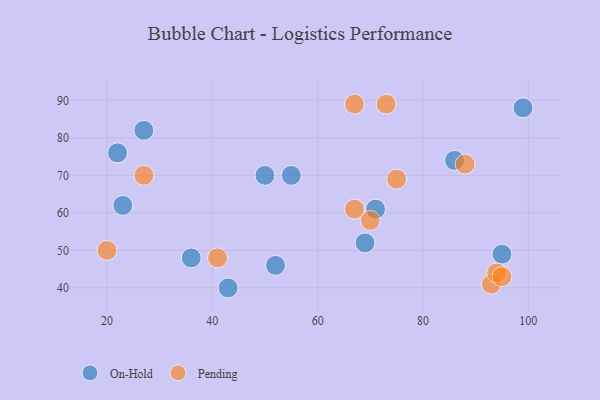
{"axis": {"x": "GDP", "y": "Life Expectancy"}, "legend": ["On-Hold", "Pending"], "data": [{"x": "22", "y": 76, "type": "On-Hold"}, {"x": "52", "y": 46, "type": "On-Hold"}, {"x": "95", "y": 49, "type": "On-Hold"}, {"x": "71", "y": 61, "type": "On-Hold"}, {"x": "69", "y": 52, "type": "On-Hold"}, {"x": "86", "y": 74, "type": "On-Hold"}, {"x": "23", "y": 62, "type": "On-Hold"}, {"x": "55", "y": 70, "type": "On-Hold"}, {"x": "43", "y": 40, "type": "On-Hold"}, {"x": "27", "y": 82, "type": "On-Hold"}, {"x": "36", "y": 48, "type": "On-Hold"}, {"x": "99", "y": 88, "type": "On-Hold"}, {"x": "50", "y": 70, "type": "On-Hold"}, {"x": "41", "y": 48, "type": "Pending"}, {"x": "20", "y": 50, "type": "Pending"}, {"x": "27", "y": 70, "type": "Pending"}, {"x": "70", "y": 58, "type": "Pending"}, {"x": "73", "y": 89, "type": "Pending"}, {"x": "75", "y": 69, "type": "Pending"}, {"x": "93", "y": 41, "type": "Pending"}, {"x": "94", "y": 44, "type": "Pending"}, {"x": "67", "y": 61, "type": "Pending"}, {"x": "95", "y": 43, "type": "Pending"}, {"x": "88", "y": 73, "type": "Pending"}, {"x": "67", "y": 89, "type": "Pending"}]}